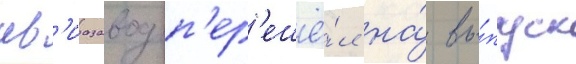
ав'иазавод п'ер'ешё́л на́ вы́пуск